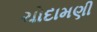
ચોદામણી